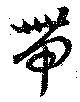
帯